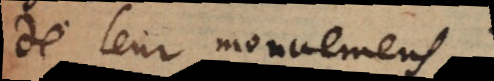
de leur mouvemens.